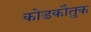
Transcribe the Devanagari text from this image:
कोडकौतुक